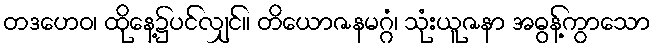
တဒဟေဝ၊ ထိုနေ့၌ပင်လျှင်။ တိယောဇနမဂ္ဂံ၊ သုံးယူဇနာ အဓွန့်ကွာသော